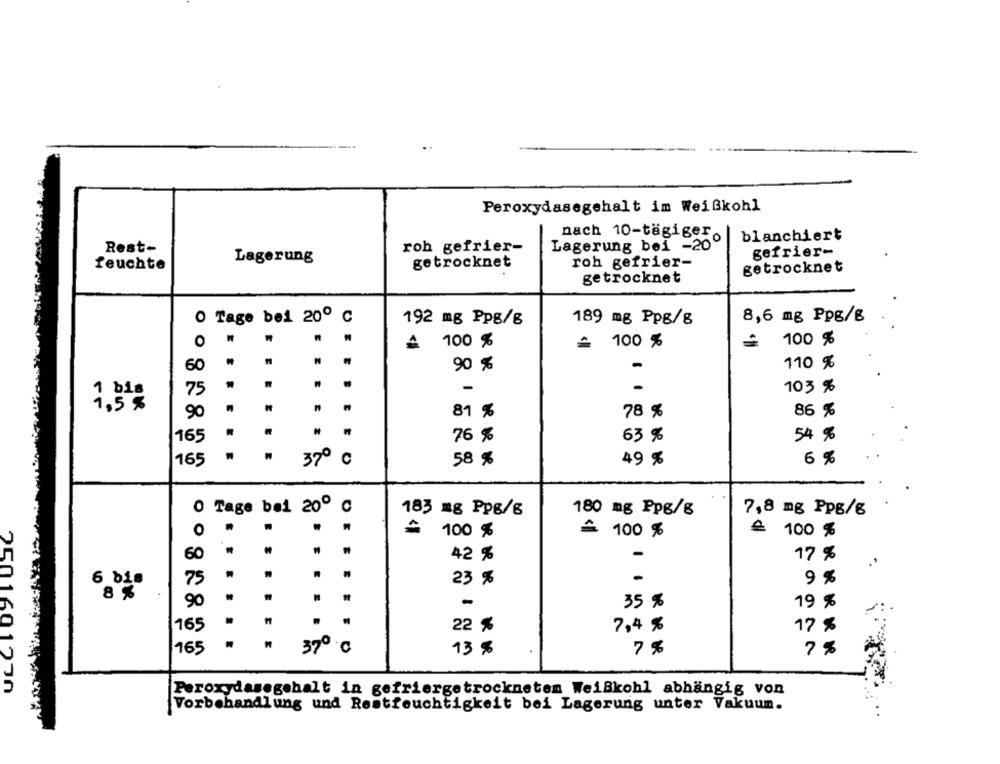
Peroxydasegehalt im Weißkohl
nach 10-tägiger.
blanchiert
Lagerung bei -200
Rest-
roh gefrier-
gefrier-
Lagerung
feuchte
getrocknet
roh gefrier-
getrocknet
getrocknet
O Tage bei 200 ℃
192 mg Ppg/g
189 mg Ppg/g
8,6 mg Ppg/g
O
"
..
£ 100 %
£ 100 %
100 %
60 "
90 %
110 %
-
.
. .
-
-
103 %
1 bis
75
1,5 %
81 %
86 %
90
78 %
165
76 %
63 %
54 %
165
. " 37º C
58 %
49 %
6 %
0 Tage bei 200 ℃
183 mg Ppg/g
180 mg Ppg/g
7,8 mg Ppg/6
O
~ 100 %
£ 100 %
€ 100 %
60 "
. .
42 %
-
17 %
6 bis
75
23 %
-
9 %
8 %
90
-
35 %
19 %
165
22 %
7,4 %
17 %
165
370 ℃
7 %
13 %
7 %
2501601270
Peroxydasegehalt in gefriergetrocknetem Weißkohl abhängig von
Vorbehandlung und Restfeuchtigkeit bei Lagerung unter Vakuum.